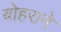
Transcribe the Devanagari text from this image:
बोहराने